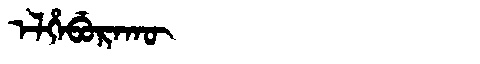
Manchu: ᡝᠯᡥᡝᠪᡠᡵᠠᡴᡡ
Romanization: ELHEBURAKŪ